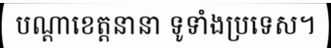
បណ្តាខេត្តនានា ទូទាំងប្រទេស។